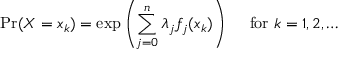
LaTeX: \Pr ( X = x _ { k } ) = \exp \left( \sum _ { j = 0 } ^ { n } \lambda _ { j } f _ { j } ( x _ { k } ) \right) \quad { \mathrm { ~ f o r ~ } } k = 1 , 2 , \ldots